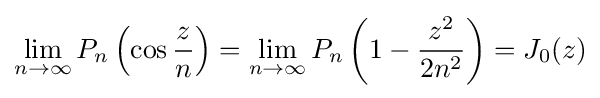
\lim _{n\to \infty }P_{n}\left(\cos {\frac {z}{n}}\right)=\lim _{n\to \infty }P_{n}\left(1-{\frac {z^{2}}{2n^{2}}}\right)=J_{0}(z)